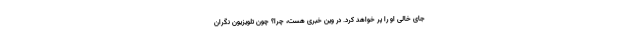
جای خالی او را پر خواهد کرد. در وین خبری هست، چرا؟ چون تلویزیون نگران